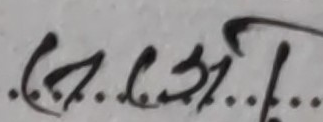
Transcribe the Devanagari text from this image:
(क.क.को....।